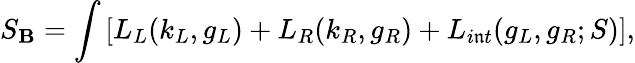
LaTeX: S_{\mathbf{B}}=\int\left[L_{L}(k_{L},g_{L})+L_{R}(k_{R},g_{R})+L_{i\mathfrak{n}t}(g_{L},g_{R};S)\right],